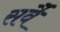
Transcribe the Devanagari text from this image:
सर्वै